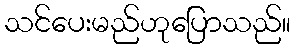
သင်ပေးမည်ဟုပြောသည်။